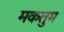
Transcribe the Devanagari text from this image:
मकतुम